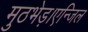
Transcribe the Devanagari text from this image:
मुठभेड़।एन्जिल